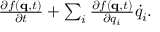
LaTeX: \textstyle { \frac { \partial f ( \mathbf { q } , t ) } { \partial t } } + \sum _ { i } { \frac { \partial f ( \mathbf { q } , t ) } { \partial q _ { i } } } { \dot { q } } _ { i } .